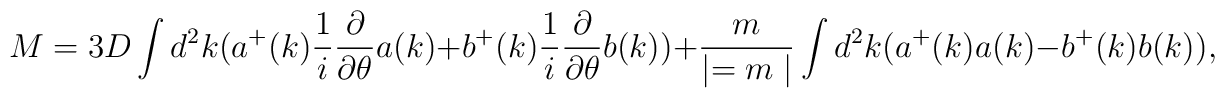
M=3D\int d^2k(a^+(k){1\over i}{\partial \over {\partial \theta }}a(k)+b^+(k){1\over i}{\partial \over {\partial \theta }}b(k))+{m\over {\mid =m\mid }}\int d^2k(a^+(k)a(k)-b^+(k)b(k)),